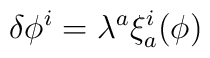
\delta \phi^i =\lambda^a \xi^i_a (\phi )